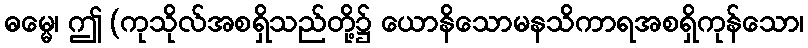
ဓမ္မေ၊ ဤ (ကုသိုလ်အစရှိသည်တို့၌ ယောနိသောမနသိကာရအစရှိကုန်သော၊